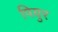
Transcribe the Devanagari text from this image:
पियुर